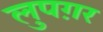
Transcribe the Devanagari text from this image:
लुपग़र